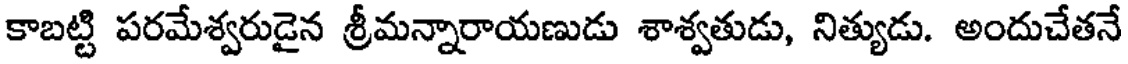
కాబట్టి పరమేశ్వరుడైన శ్రీమన్నారాయణుడు శాశ్వతుడు, నిత్యుడు. అందుచేతనే